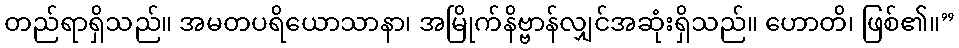
တည်ရာရှိသည်။ အမတပရိယောသာနာ၊ အမြိုက်နိဗ္ဗာန်လျှင်အဆုံးရှိသည်။ ဟောတိ၊ ဖြစ်၏။”